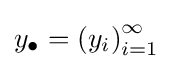
y_{\bullet }=\left(y_{i}\right)_{i=1}^{\infty }